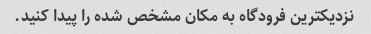
نزدیکترین فرودگاه به مکان مشخص شده را پیدا کنید.